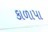
કાળાપા